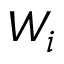
W _ { i }